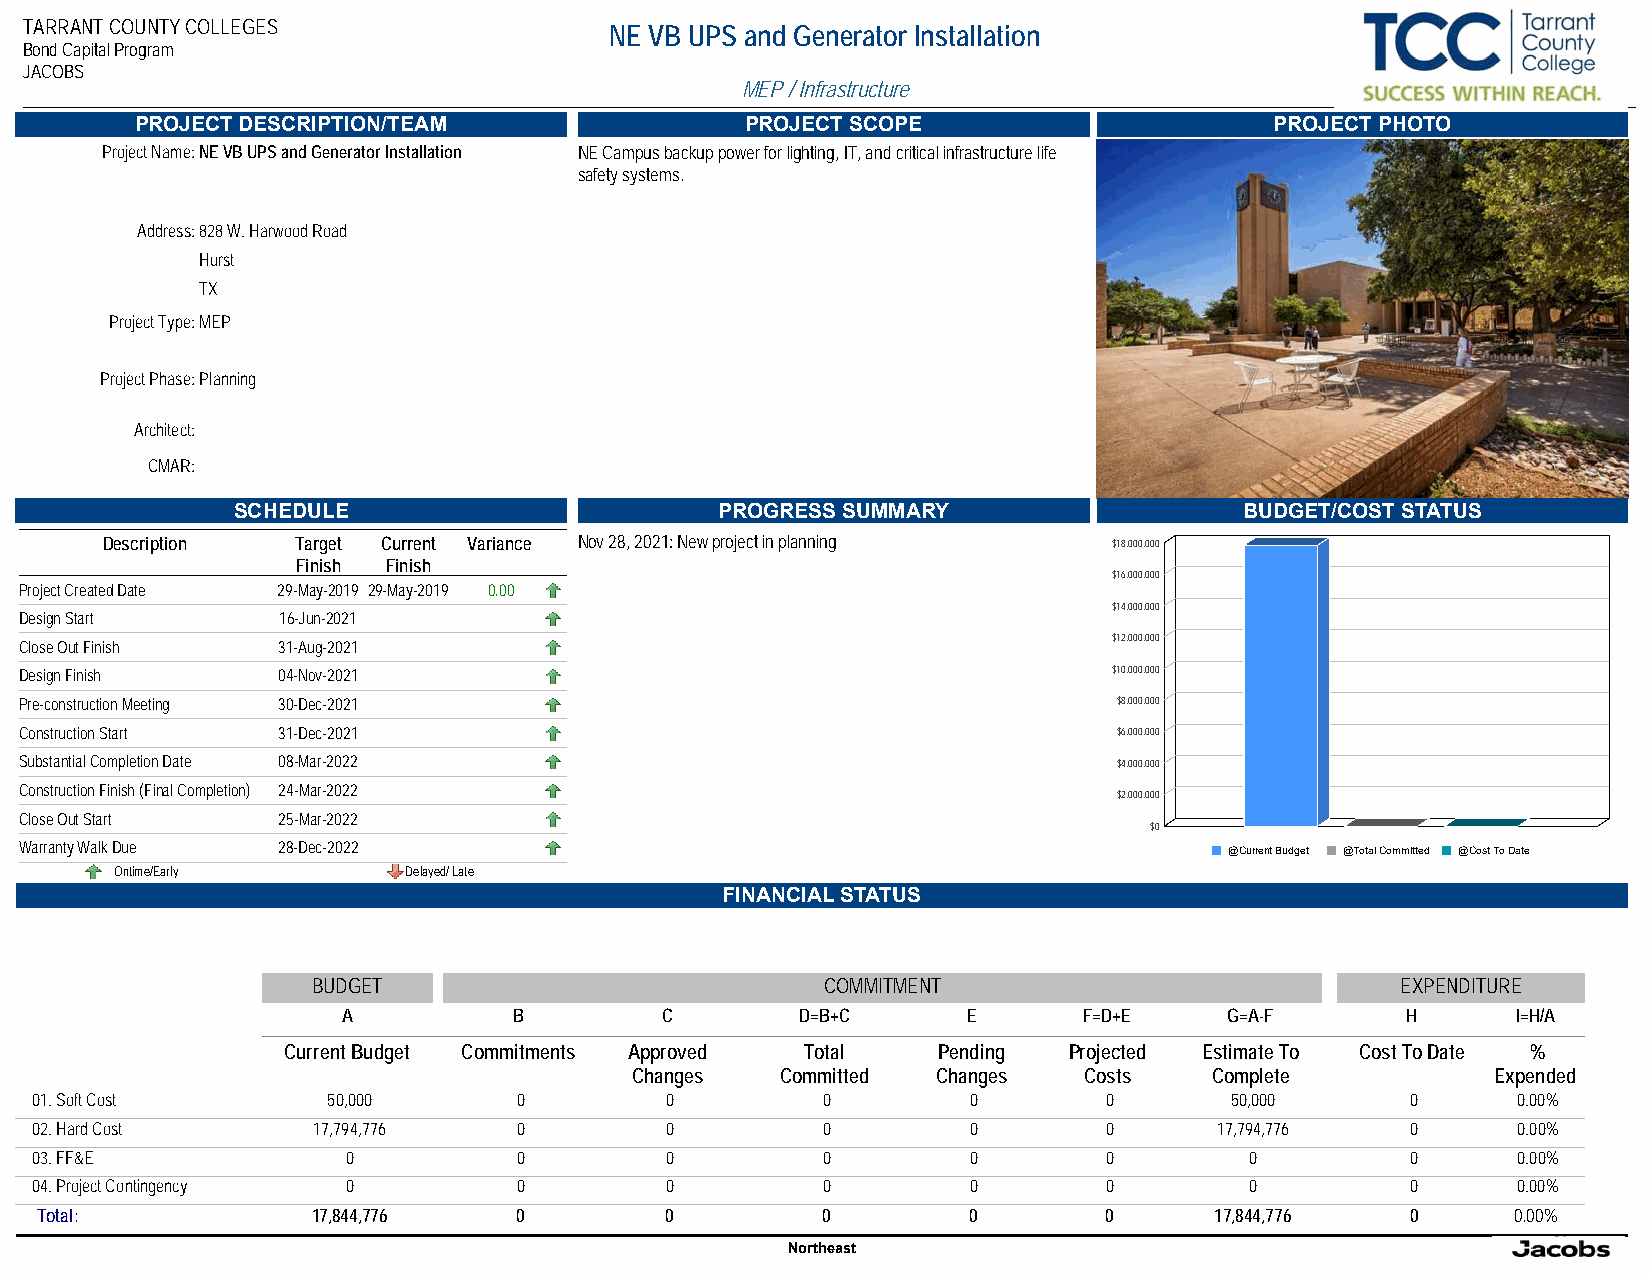
TARRANT COUNTY COLLEGES               NE VB UPS and Generator Installation
 Bond Capital Program
 JACOBS
 MEP / Infrastructure
 PROJECT DESCRIPTION/TEAM                PROJECT SCOPE                      PROJECT PHOTO
 Project Name:NE VB UPS and Generator Installation NE Campus backup power for lighting, IT, and critical infrastructure life
 safety systems.
 Address:828 W. Harwood Road
 Hurst
 TX
 Project Type:MEP
 Project Phase:Planning
 Architect:
 CMAR:
 SCHEDULE                        PROGRESS SUMMARY                   BUDGET/COST STATUS
 Description  Target Current Variance Nov 28, 2021: New project in planning $18,000,000
 Finish Finish
 $16,000,000
 Project Created Date 29-May-2019 29-May-2019 0.00
 $14,000,000
 Design Start      16-Jun-2021
 $12,000,000
 Close Out Finish 31-Aug-2021
 Design Finish    04-Nov-2021                                             $10,000,000
 Pre-construction Meeting 30-Dec-2021                                     $8,000,000
 Construction Start 31-Dec-2021                                           $6,000,000
 Substantial Completion Date 08-Mar-2022                                  $4,000,000
 Construction Finish (Final Completion) 24-Mar-2022
 $2,000,000
 Close Out Start  25-Mar-2022
 $0
 Warranty Walk Due 28-Dec-2022                                                   @Current Budget @Total Committed @Cost To Date
 Ontime/Early       Delayed/ Late
 FINANCIAL STATUS
 BUDGET                           COMMITMENT                             EXPENDITURE
 A          B         C        D=B+C      E       F=D+E    G=A-F       H      I=H/A
 Current Budget Commitments Approved Total  Pending  Projected Estimate To Cost To Date %
 Changes   Committed Changes   Costs   Complete           Expended
 01. Soft Cost       50,000      0         0         0         0        0       50,000      0      0.00%
 02. Hard Cost      17,794,776   0         0         0         0        0       17,794,776  0      0.00%
 03. FF&E             0          0         0         0         0        0         0         0      0.00%
 04. Project Contingency 0       0         0         0         0        0         0         0      0.00%
 Total:             17,844,776   0         0         0         0        0      17,844,776   0      0.00%
 Northeast